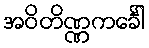
အဝိတိဏ္ဏကင်္ခေါ